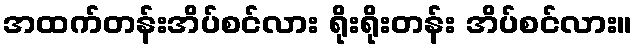
အထက်တန်းအိပ်စင်လား ရိုးရိုးတန်း အိပ်စင်လား။